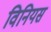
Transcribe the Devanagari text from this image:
विनियस